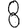
Digit: 8